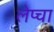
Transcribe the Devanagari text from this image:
लेप्‍चा